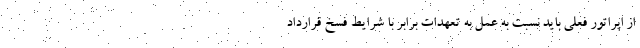
از اپراتور فعلی باید نسبت به عمل به تعهدات برابر با شرایط فسخ قرارداد